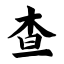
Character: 查